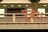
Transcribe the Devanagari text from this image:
पुढे।।